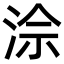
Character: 𪶅